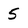
Character: 5